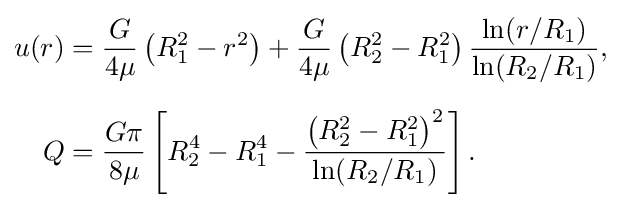
{\begin{aligned}u(r)&={\frac {G}{4\mu }}\left(R_{1}^{2}-r^{2}\right)+{\frac {G}{4\mu }}\left(R_{2}^{2}-R_{1}^{2}\right){\frac {\ln(r/R_{1})}{\ln(R_{2}/R_{1})}},\\[6pt]Q&={\frac {G\pi }{8\mu }}\left[R_{2}^{4}-R_{1}^{4}-{\frac {\left(R_{2}^{2}-R_{1}^{2}\right)^{2}}{\ln(R_{2}/R_{1})}}\right].\end{aligned}}